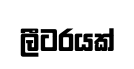
ලීටරයක්